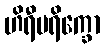
ဟိရီပရိက္ခော